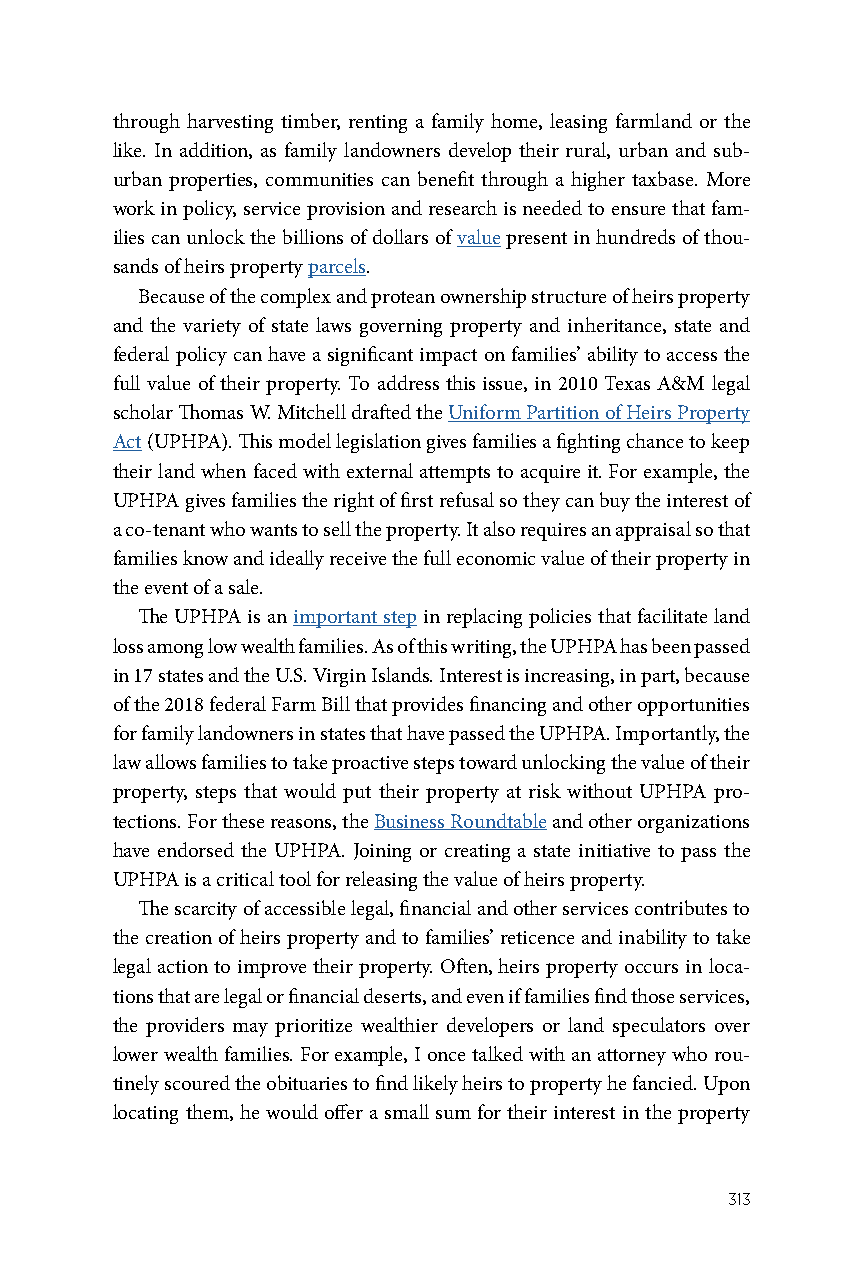
through harvesting timber, renting a family home, leasing farmland or the
 like. In addition, as family landowners develop their rural, urban and sub-
 urban properties, communities can benefit through a higher taxbase. More
 work in policy, service provision and research is needed to ensure that fam-
 ilies can unlock the billions of dollars of value present in hundreds of thou-
 sands of heirs property parcels.
 Because of the complex and protean ownership structure of heirs property
 and the variety of state laws governing property and inheritance, state and
 federal policy can have a significant impact on families’ ability to access the
 full value of their property. To address this issue, in 2010 Texas A&M legal
 scholar Thomas W. Mitchell drafted the Uniform Partition of Heirs Property
 Act (UPHPA). This model legislation gives families a fighting chance to keep
 their land when faced with external attempts to acquire it. For example, the
 UPHPA gives families the right of first refusal so they can buy the interest of
 a co-tenant who wants to sell the property. It also requires an appraisal so that
 families know and ideally receive the full economic value of their property in
 the event of a sale.
 The UPHPA is an important step in replacing policies that facilitate land
 loss among low wealth families. As of this writing, the UPHPA has been passed
 in 17 states and the U.S. Virgin Islands. Interest is increasing, in part, because
 of the 2018 federal Farm Bill that provides financing and other opportunities
 for family landowners in states that have passed the UPHPA. Importantly, the
 law allows families to take proactive steps toward unlocking the value of their
 property, steps that would put their property at risk without UPHPA pro-
 tections. For these reasons, the Business Roundtable and other organizations
 have endorsed the UPHPA. Joining or creating a state initiative to pass the
 UPHPA is a critical tool for releasing the value of heirs property.
 The scarcity of accessible legal, financial and other services contributes to
 the creation of heirs property and to families’ reticence and inability to take
 legal action to improve their property. Often, heirs property occurs in loca-
 tions that are legal or financial deserts, and even if families find those services,
 the providers may prioritize wealthier developers or land speculators over
 lower wealth families. For example, I once talked with an attorney who rou-
 tinely scoured the obituaries to find likely heirs to property he fancied. Upon
 locating them, he would offer a small sum for their interest in the property
 313